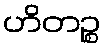
ဟိတဉ္စ